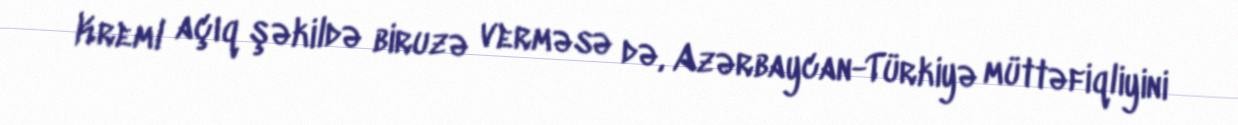
Kreml açıq şəkildə biruzə verməsə də, Azərbaycan-Türkiyə müttəfiqliyini